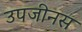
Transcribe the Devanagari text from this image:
उपजीनस